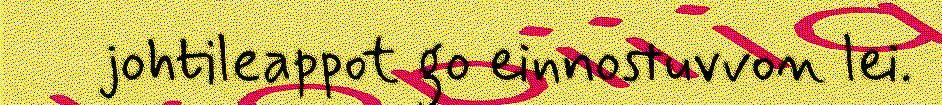
johtileappot go einnostuvvon lei.